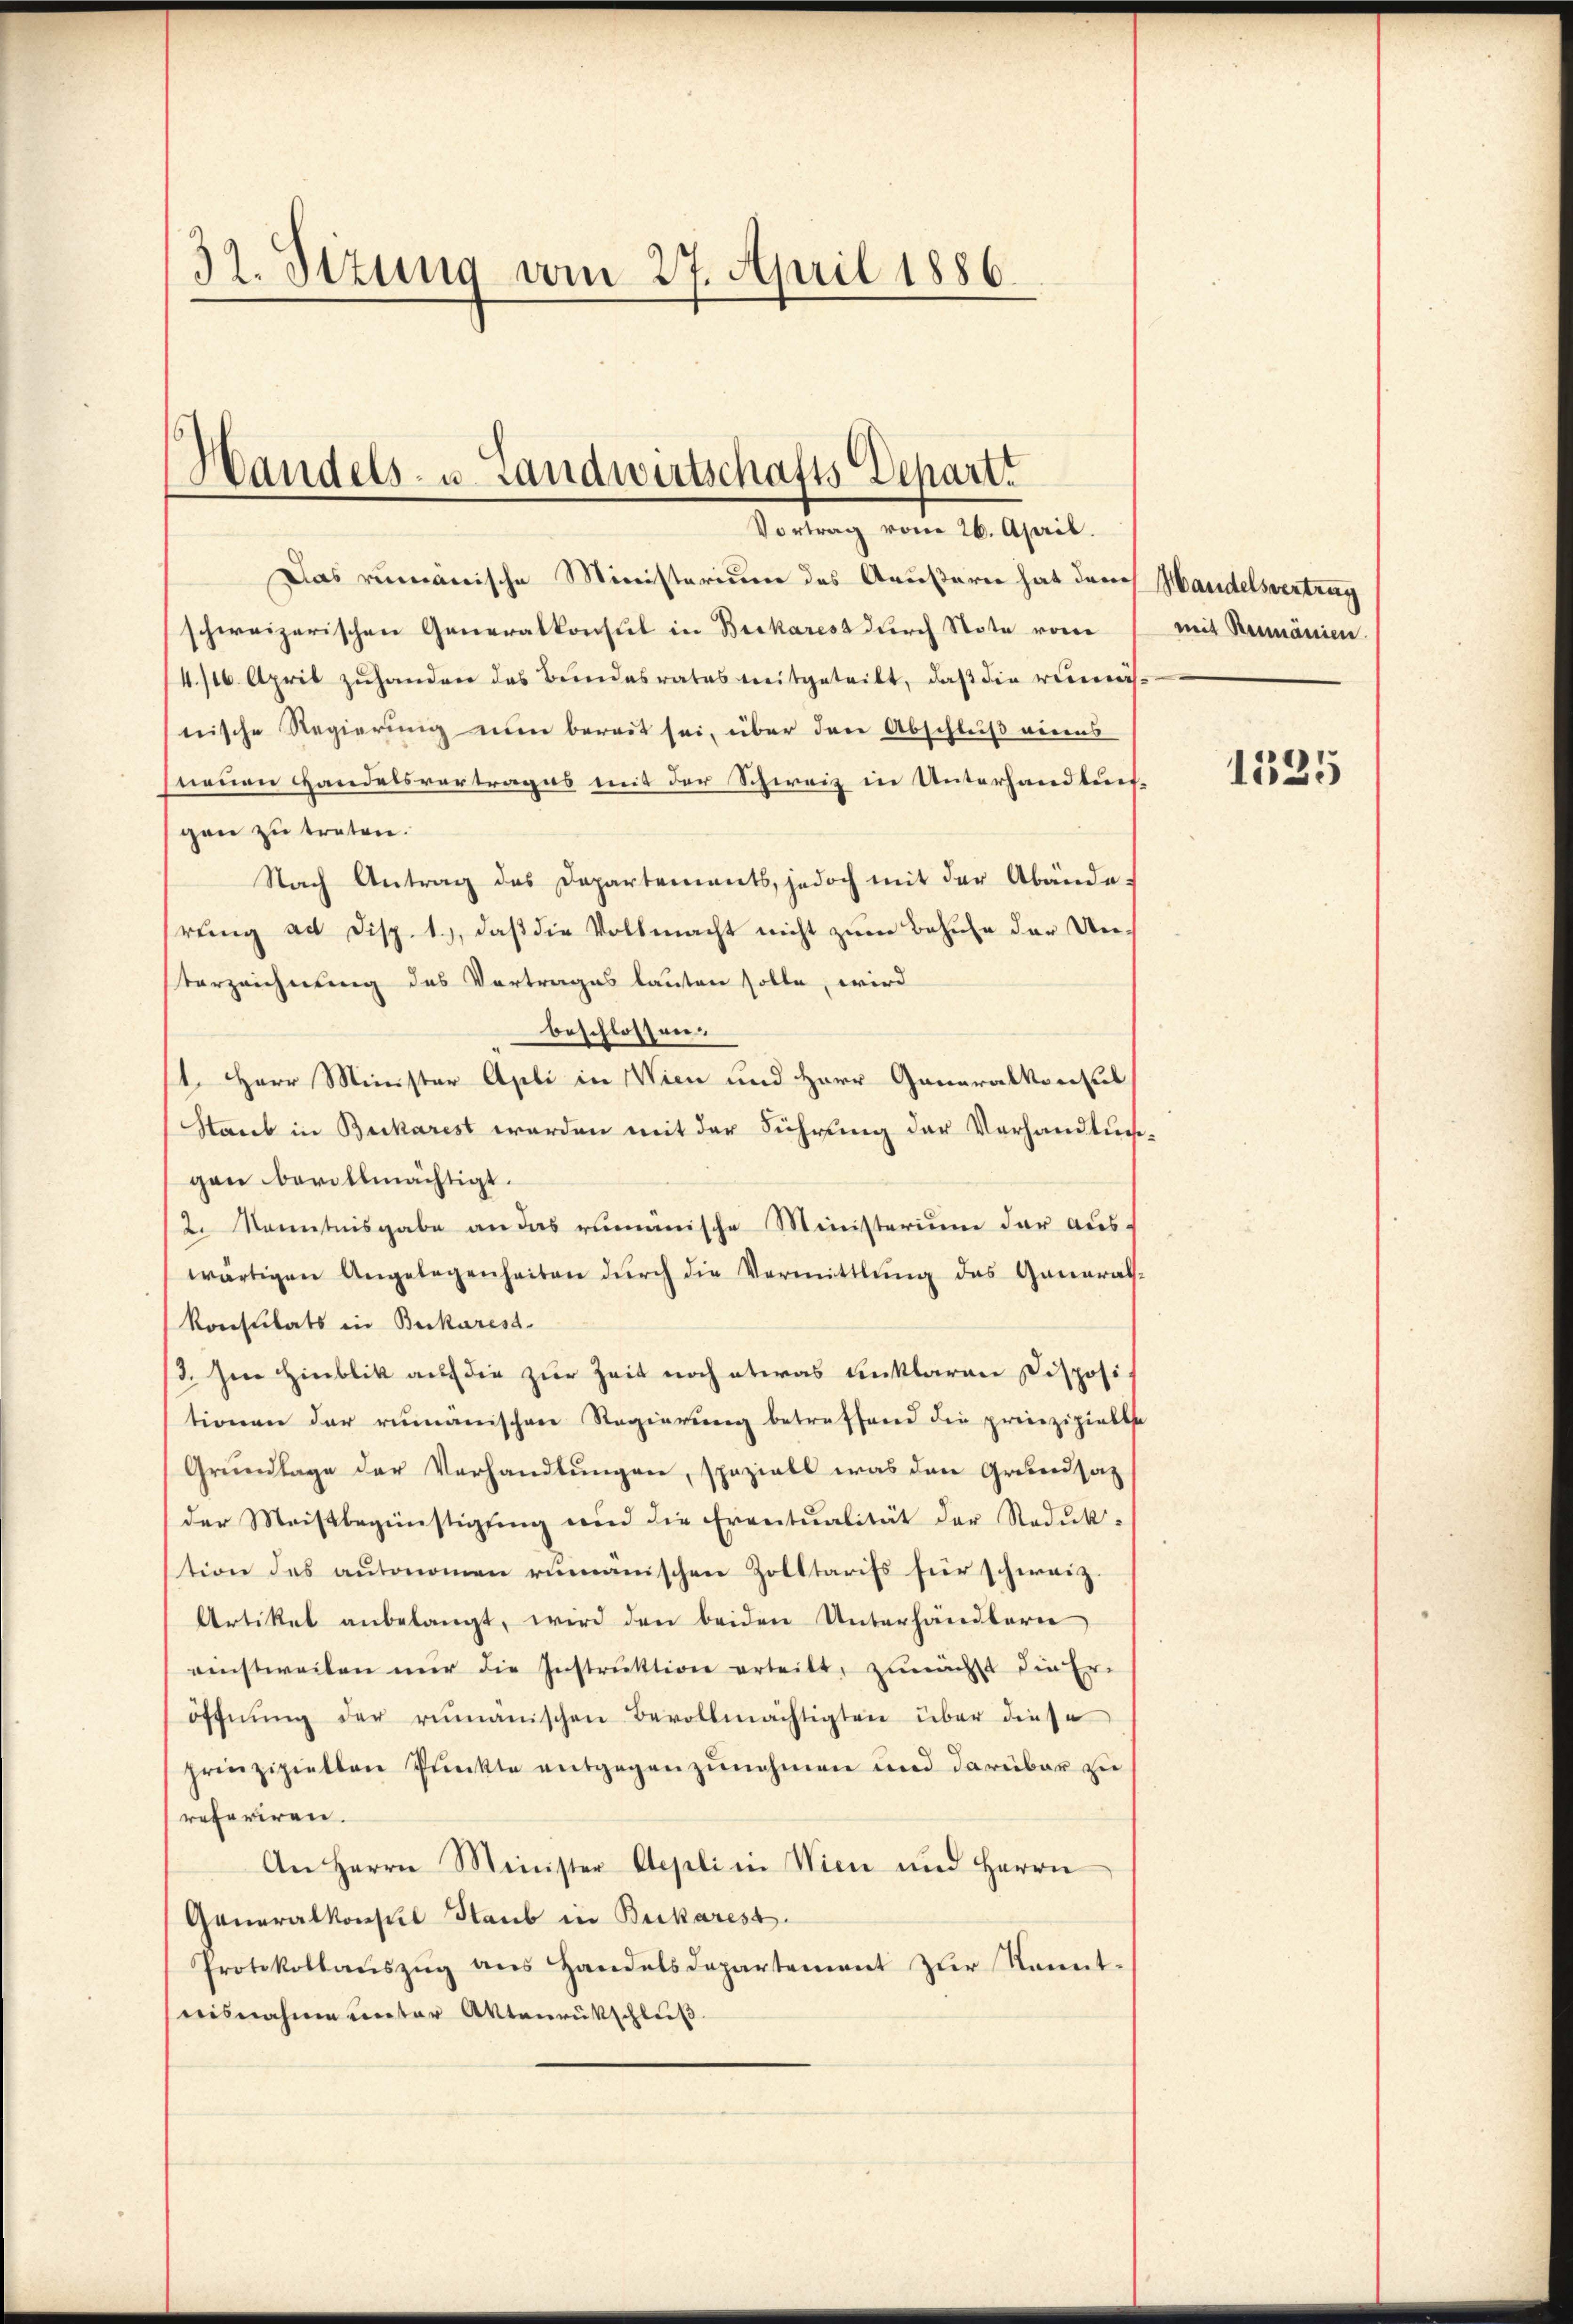
32. Sitzung vom 27. April 1886.

Handels- u. Landwirtschafts Depart.
Vortrag vom 26. April.

Das rumänische Ministerium des Aeußern hat durch Handelsvertrug
schweizerischen Generalkonsul in Bickares durch Note vom 1 mit Reumänien.
4/16. April zuhanden das Bundesrates weitgeteilt, daß die remasnische Regierung nun bereit sei, über den Abschluß eines
neuen Handelsvertrages mit der Schweiz in Unterhandlun-
gen zu treten.
Nach Antrag des Departements, jedoch mit der Abänderung ad Disp. 1.), daß die Vollmacht nicht zum Behufe der Un¬
Verzeichnung des Vortrages lauten solle, wird
beschlossen.
1. Herr Minister Apli in Wien und Herr Generalkonsul
Staub in Bucharest werden mit der Führung der Verhandlungen bevollmächtigt.
2. Kenntnisgabe an das rumänische Ministerium der auswärtigen Angelegenheiten dŭrch die Vermittlung des General-
konsulats in Bukarest
/3. Im Hinblik auf die zur Zeit noch etwas unklaren Dispositionen der rumänischen Regierung betreffend die prinzipielte
Grundlage der Verhandlungen, spezials was den Grundsatz
der Meistbegünstigung und die Eventualität der Reduk-
tion des autonomen rumänischen Zolltarifs für schweiz.
Artikel anbelangt, wird den beiden Unterhändlerer
einstweilen nur die Instruktion erteilt, zunächst die Er-
öffnŭng der rumänischen Bevollmächtigten über diese
prinzipiellen Punkte entgegenzunehmen und darüber zu
referiren.
An Herrn Minister Aepli in Wien und Herrn
Generalkonsul Staub in Bukarest
Protokollauszug aus Handelsdepartement zur Kenntnisnahme unter Aktenrückschluß

1335